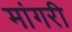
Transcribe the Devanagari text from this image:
मांगरी